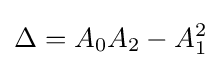
\displaystyle \Delta =A_{0}A_{2}-A_{1}^{2}